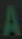
A